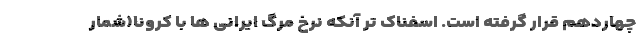
چهاردهم قرار گرفته است. اسفناک تر آنکه نرخ مرگ ایرانی ها با کرونا(شمار